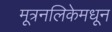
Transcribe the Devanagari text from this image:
मूत्रनलिकेमधून